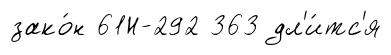
зако́н 61Н-292 363 дл'и́тс'я